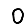
Digit: 0